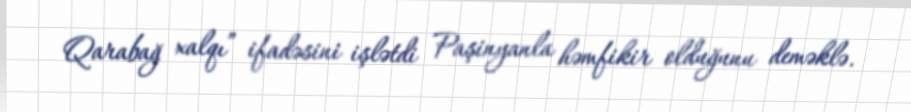
Qarabağ xalqı” ifadəsini işlətdi Paşinyanla həmfikir olduğunu deməklə.